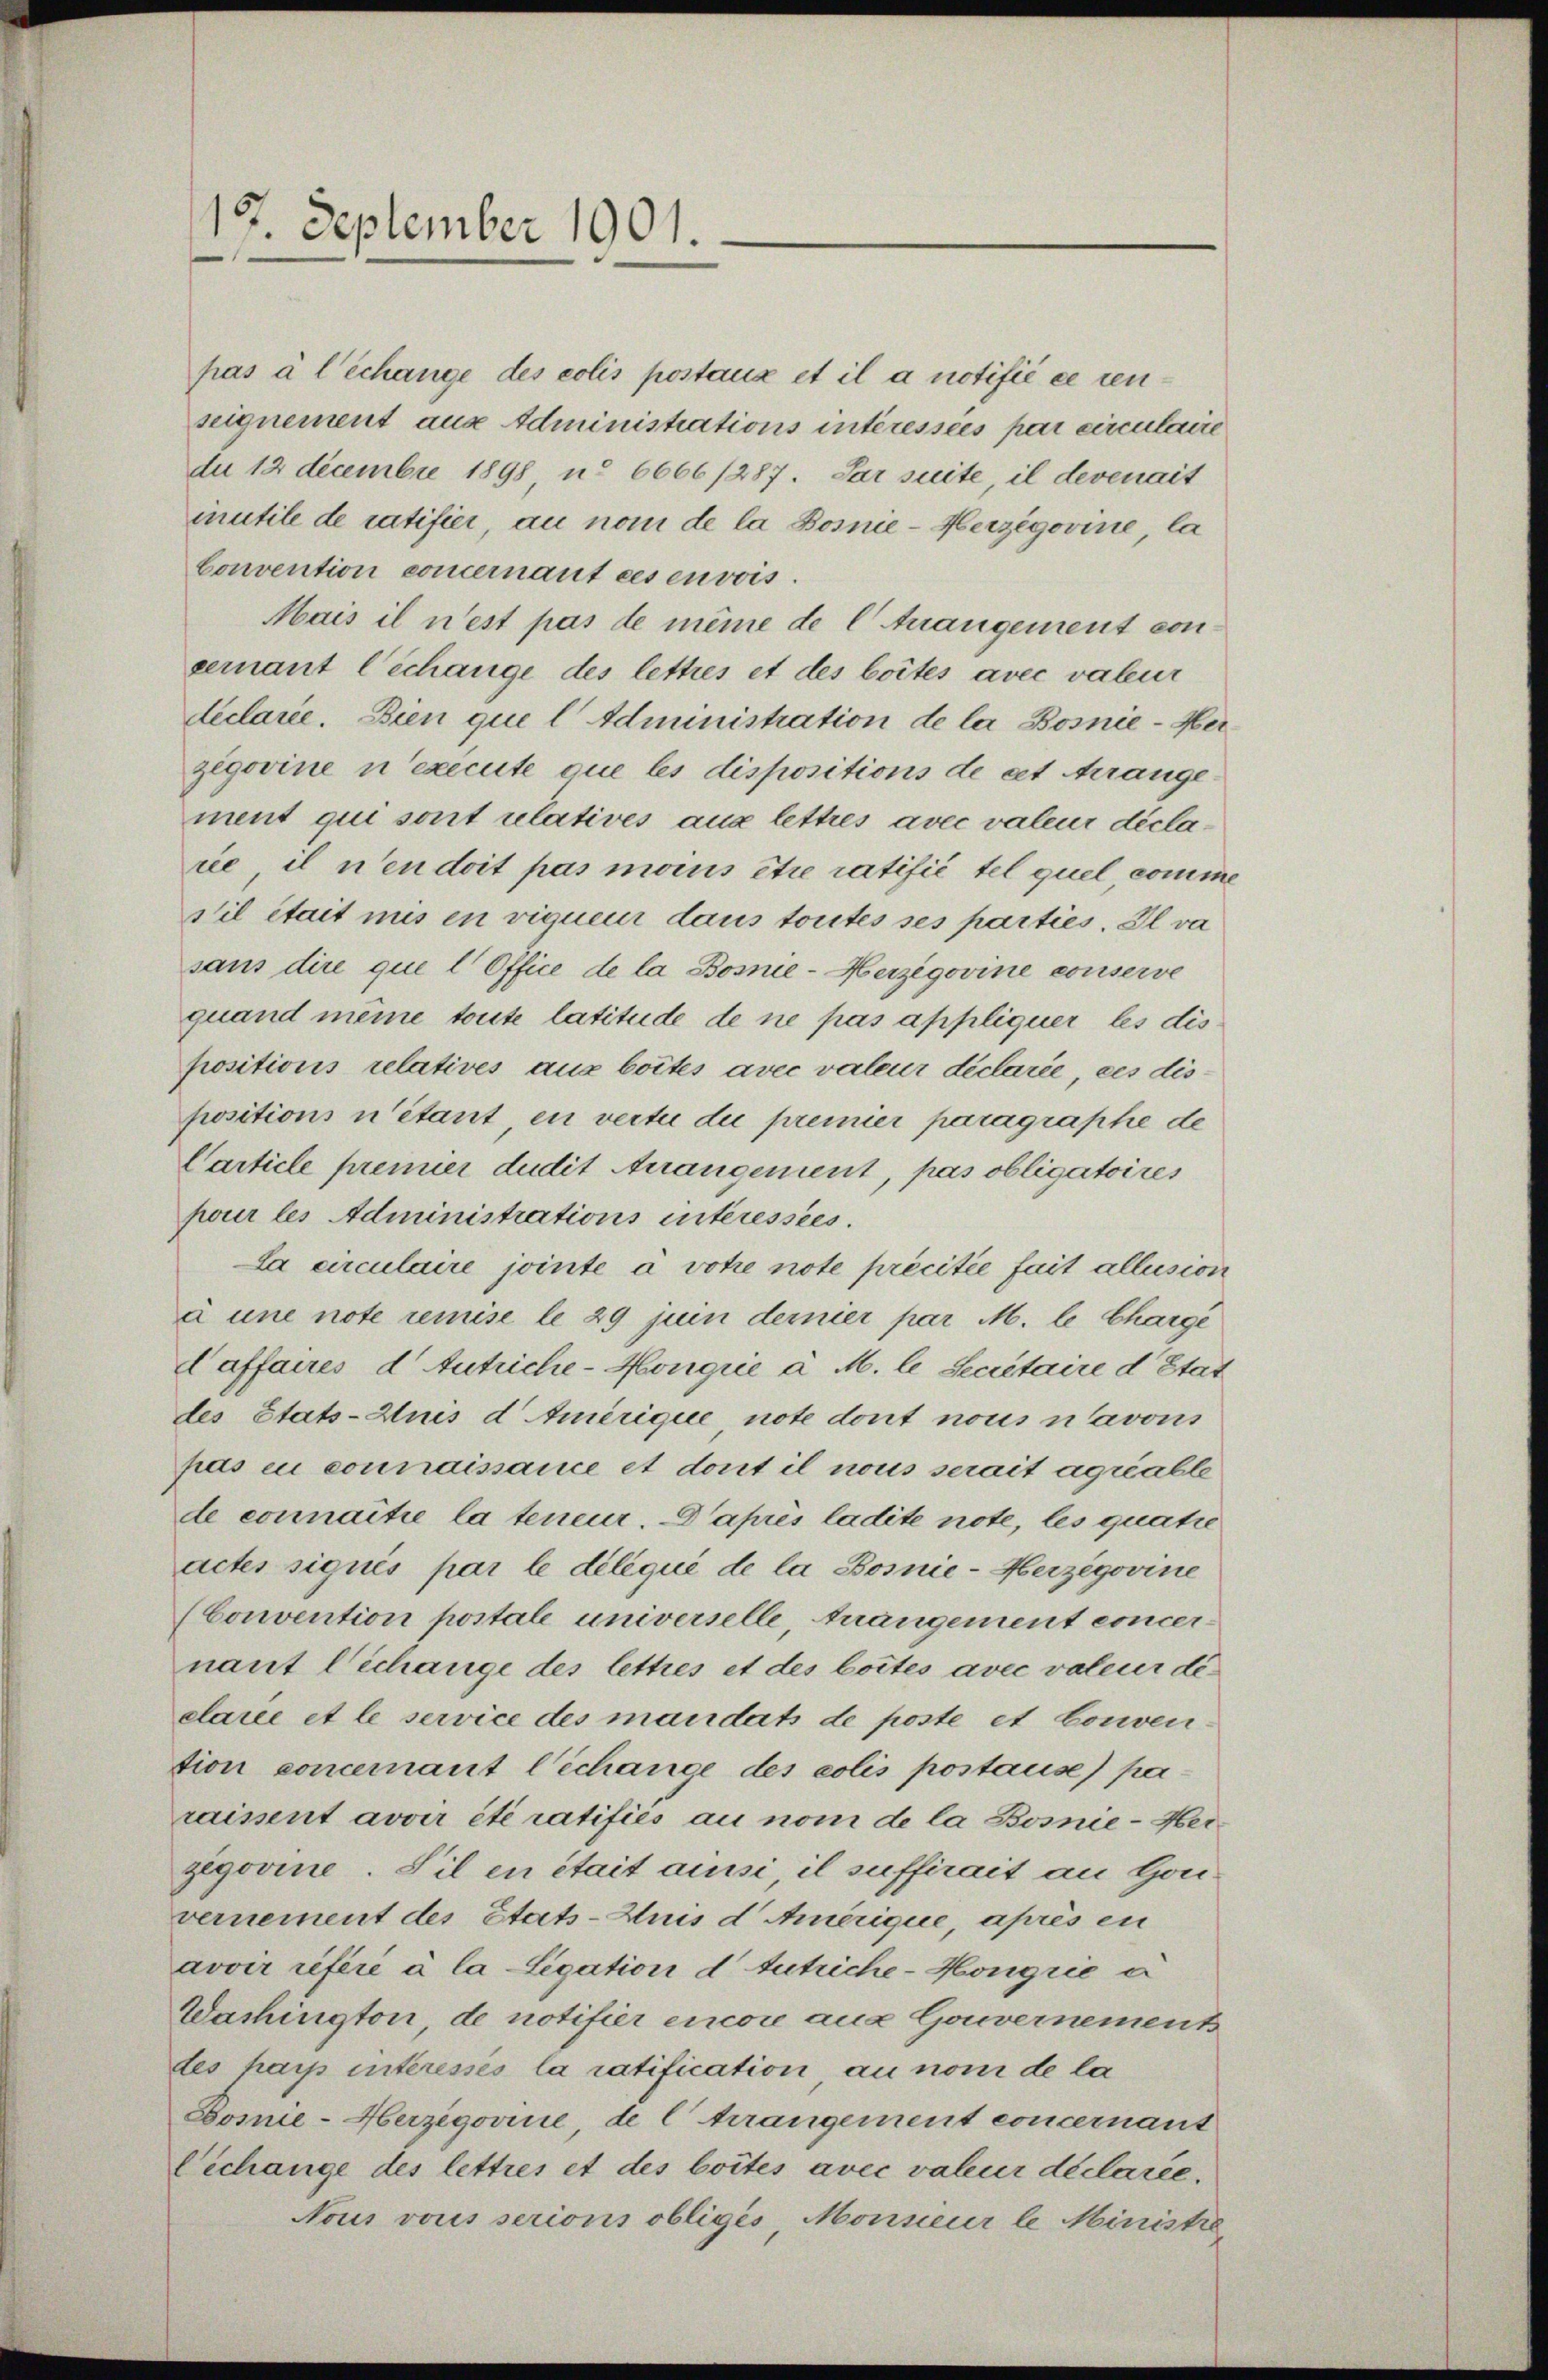
19. September 1901.

pas à l’échange des colis postaux et il a notifié ce renseignement aus Administrations intéressées par circulaire
du 12 decembre 1898 u. 6666/287. Par suite, il devenait
inutile de ratifici, an nom de la Bosnie-Herzegovine, la
Convention concernant ces envois.
Mais il n’est pas de même de C Anangement von
cernant l’échange des lettres et des boites avec valeur
declarie. Dien que l Administration de la Bosnie-Herzegovine u execute que les dispositions de et Arrangement qui sont relatives aus lettres avec valeur déclarie il n’en doit pas moins être ratifié tel quel comm
stil était mis en vigueur dans toutes ses parties. Il va
sans dire que l Office de la Bosnie-Herzegovine conserve
quand meine toute latitude de ne pas appliquer les dispositions relatives aus bottes avec valeur déclarée, ces dispositions n’étant en vertu die premier paragraphe de
Carticle prenner dudit Arrangement, pas obligatoires
pour les Administrations interessées.
La circulaire jointe à votie note précitée fait allesion
à une note remise le 29 juin demier par M. le Charge
daffaires d. Antriche-Monque a M. le Secretaire d Etat
des Etats-Auis d Amerique, note dont nous navous
pas en connaissance et dont il nous serait aquable
de connaitie la teneur. après ladite note, les quatie
actes siqués par le déliqué de la Bosnie-Herzegovine
(Convention postale universelle, Anangement concernant l’échange des lettres et des bottes avec valeur declarée et le service des mandats de poste et Conven
tion concernant l’échange des colis postause) pa-
raissent avoir été ratifiés au nom de la Bosnie-Herzegovine. Sil en était aussi, il suffirait an Honvernement des Etats-Zuis d Amerique, après en
avoir reféré à la Legation d tutriche-Honigrie a
Washington, de notifier encore aus Gouvernement
des parp interessés la ratification, an nom de la
Bomie-Herzegovine, de C trangement concernant
Cechange des lettres et des boites avec valeur déclarée.
Nous vous serions obligés, Monneur le Ministie